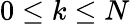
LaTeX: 0\le k\le N